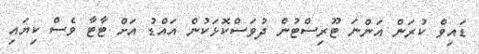
ޑައިވް ކުރަން އަންނަ ޓޫރިސްޓުން ދުވަސްކޮޅަކުން އައްޑު އަށް ޓާޓާ ވެސް ކިޔައި